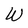
Character: W